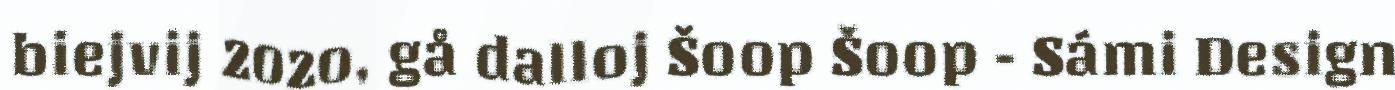
biejvij 2020, gå dalloj Šoop Šoop - Sámi Design